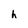
Character: h